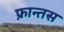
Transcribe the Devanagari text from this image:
फ्रान्तस